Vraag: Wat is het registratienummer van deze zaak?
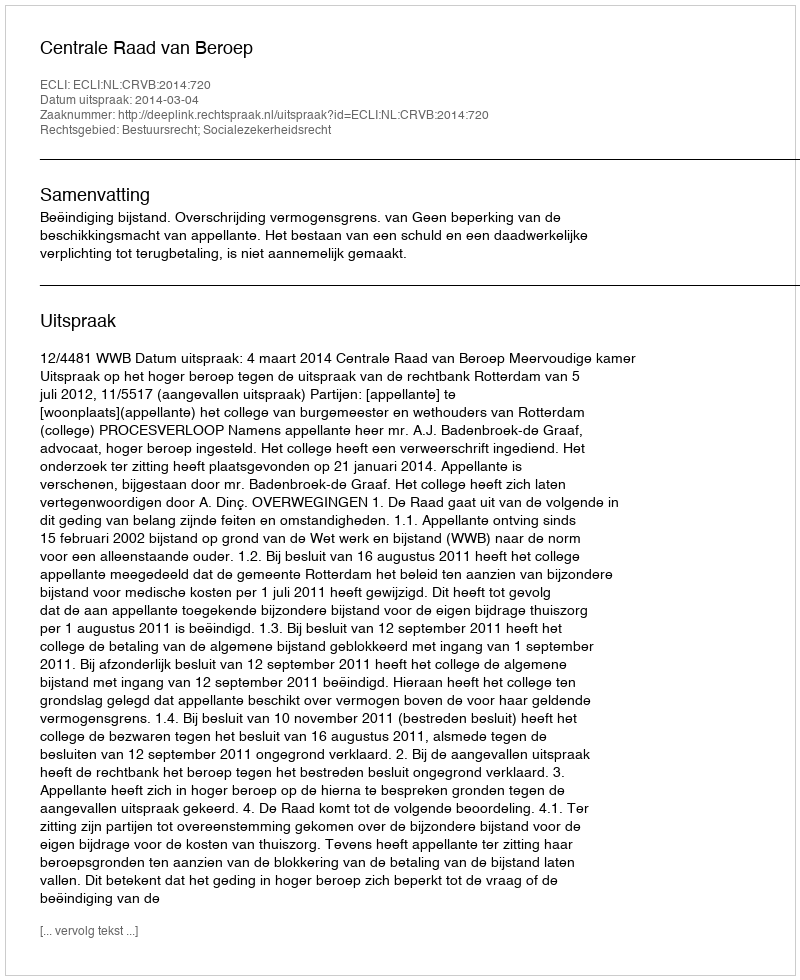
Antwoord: http://deeplink.rechtspraak.nl/uitspraak?id=ECLI:NL:CRVB:2014:720